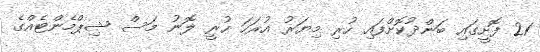
21 ފޮށީގައި ބަންދުކޮށްފައި ހުރި މިޔަރު އުރަހަ ހުރީ ލޮނު މަސް ޝިޕްމެންޓެއްގެ